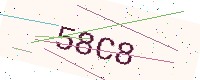
Text: 58C8